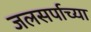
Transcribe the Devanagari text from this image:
जलसर्पाच्या